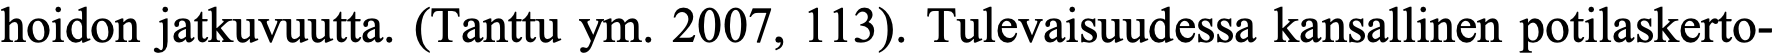
hoidon jatkuvuutta. (Tanttu ym. 2007, 113). Tulevaisuudessa kansallinen potilaskerto-